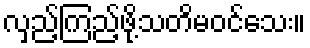
လှည့်ကြည့်ဖို့သတိမဝင်သေး။